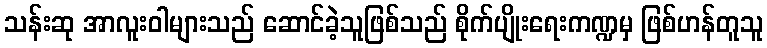
သန်းဆု အာလူးဝါများသည် ဆောင်ခဲ့သူဖြစ်သည် စိုက်ပျိုးရေးကဏ္ဍမှ ဖြစ်ဟန်တူသူ